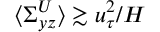
\langle \Sigma _ { y z } ^ { U } \rangle \gtrsim u _ { \tau } ^ { 2 } / H